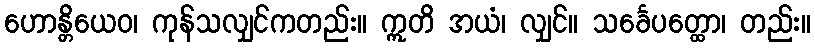
ဟောန္တိယေဝ၊ ကုန်သလျှင်ကတည်း။ ဣတိ အယံ၊ လျှင်။ သင်္ခေပတ္ထော၊ တည်း။